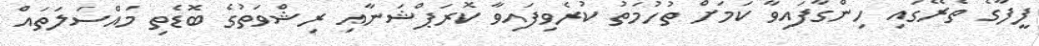
ފީފާގެ ތެރޭގައި ހިންގާފައިވާ ކަމަށް ތުހުމަތު ކުރެވިފައިވާ ކޮރަޕްޝަނާއި ރިޝްވަތުގެ ބޮޑެތި މައްސަލަތައް